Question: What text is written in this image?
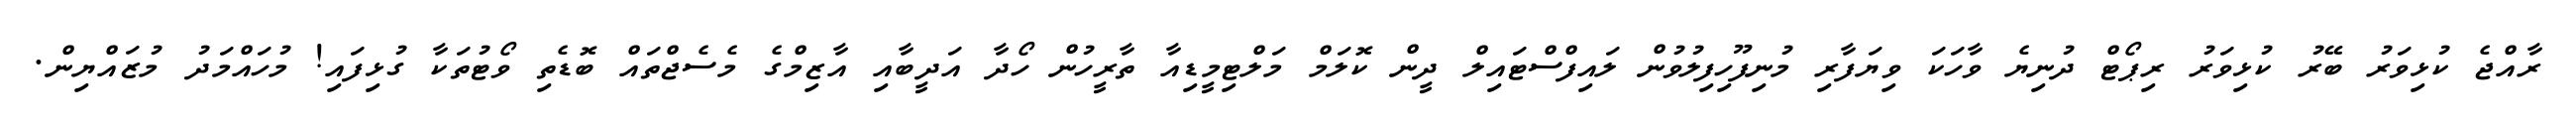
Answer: ރާއްޖެ ކުޅިވަރު ބޭރު ކުޅިވަރު ރިޕޯޓް ދުނިޔެ ވާހަކަ ވިޔަފާރި މުނިފޫހިފިލުވުން ލައިފްސްޓައިލް ދީން ކޮލަމް މަލްޓިމީޑިއާ ތާރީހުން ހޯދާ އަދީބާއި އާޒިމްގެ މެސެޖްތައް ބޮޑެތި ވޯޓުތަކާ ގުޅިފައި! މުހައްމަދު މުޒައްޔިން.